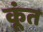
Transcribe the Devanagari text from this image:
कूंत